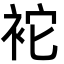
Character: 袉